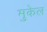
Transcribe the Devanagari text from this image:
मुकेल